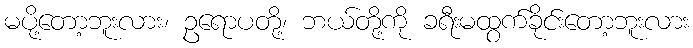
မပို့တော့ဘူးလား၊ ဥရောပတို့၊ ဘယ်တို့ကို ခရီးမထွက်ခိုင်းတော့ဘူးလား